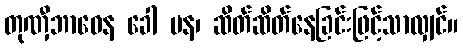
တုဏှီဘာဝေန ခေါ ပန၊ ဆိတ်ဆိတ်နေခြင်းဖြင့်သာလျှင်။